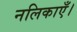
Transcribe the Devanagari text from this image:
नलिकाएँ।